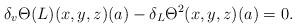
LaTeX: \begin{align*}\delta_v\Theta(L)(x,y,z)(a)-\delta_L\Theta^2(x,y,z)(a)=0.\end{align*}